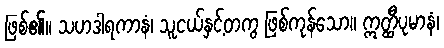
ဖြစ်၏။ သဟဒါရကာနံ၊ သူငယ်နှင့်တကွ ဖြစ်ကုန်သော။ ဣတ္ထီပုမာနံ၊